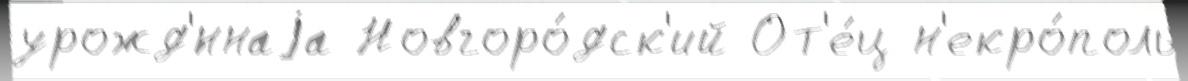
урожд'́ннаjа Новгоро́дск'ий От'е́ц н'екро́поль